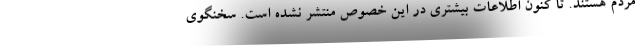
مردم هستند. تا کنون اطلاعات بیشتری در این خصوص منتشر نشده است. سخنگوی